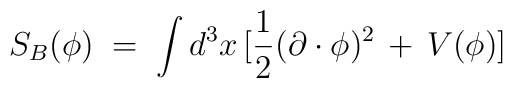
S_B(\phi) \;=\; \int d^3x \,[\frac{1}{2} (\partial \cdot \phi)^2  \,+\, V(\phi) ]